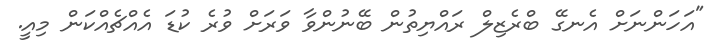
"އަހަންނަށް އެނގޭ ބްރެޒިލް ރައްޔިތުން ބޭނުންވާ ވަރަށް ވުރެ ކުޑަ އެއްޗެއްކަން މިއީ.